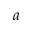
a